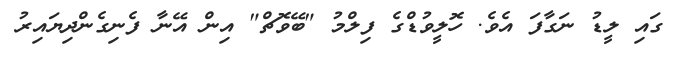
ގައި ލީޑު ނަގާފަ އެވެ. ހޮލީވުޑްގެ ފިލްމު "ބޭވޮޗް" އިން އޭނާ ފެނިގެންދިޔައިރު